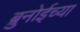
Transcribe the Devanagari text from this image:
ब्रुनोईच्या